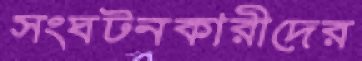
সংঘটনকারীদের